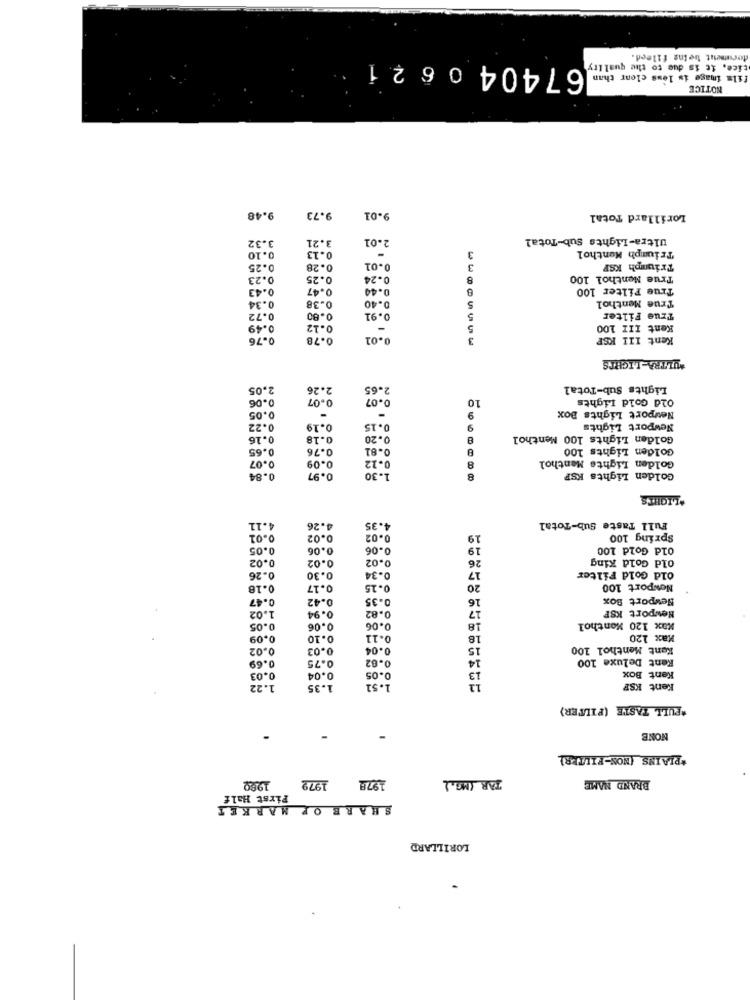
1674040621
forumet beins filecd.
tice. it is due to the quality
film image is less clear than
NOTICE
9.48
9.73
.01
Lorillard Total
3.32
3.21
2.01
Ultra-Lights Sub-Total
0.13
Triumph Menthol
0.10
3
0.25
0.28
0.01
Triumph KSF
0.23
0.25
0.24
8
True Menthol 100
0.43
0.47
0.44
True Filter 100
0.38
0.34
0.40
5
True Menthol
0.72
0.80
0.91
5
True Filter
0.49
0.12
5
Kent III 100
0.76
0.78
0.01
3
Kent 111 KSF
*ULTRA-LIGHTS
2.05
2.26
2.65
Lights Sub-Total
0.06
0.07
0.07
10
Old Gold Lights
0.05
9
Newport Lights Box
0.22
0.19
.15
9
Newport Lights
0.16
0.18
0.20
Golden Lights 100 Menthol
0.65
0.76
0.81
Golden Lights 100
Golden Lights Menthol
0.07
0.09
0-12
8
0.84
0.97
1.30
8
Golden Lights KSP
*LIGHTS
4.11
4.26
4.35
Full Taste Sub-Total
0.01
0.02
0.02
19
Spring 100
0.05
0.06
0.06
19
Old Gold 100
0.02
0.02
0.02
26
old Gold King
17
0.26
0.30
0-34
Old Gold Filter
0.18
0.17
0.15
20
Newport 100
0.47
0.42
0.35
16
Newport Box
1.02
0.82
17
Newport KSF
0.94
0.05
0.06
0.06
18
Kax 120 Monthol
0.09
0.10
0.11
18
Max 120
0.02
0.03
0.04
15
Kent Menthol 100
0.75
0.02
Kent Deluxe 100
0.69
0.03
0.04
0.05
13
Kent Box
1.22
1.35
1.51
12
Kent KSP
*FULL TASTE (FILTER)
NONE
*PLAINS (NON-FILTER)
1972
1978
TAR (MG.)
BRAND NAME
1222
First Half
SHARE OF MARKET
LORILLARD